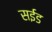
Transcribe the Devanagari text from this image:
सईड